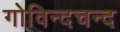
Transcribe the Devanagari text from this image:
गोविन्दचन्द